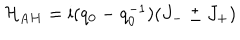
{ \cal H } _ { \mathrm A H } = { \mathrm i } ( q _ { 0 } - q _ { 0 } ^ { - 1 } ) ( J _ { - } \pm J _ { + } )